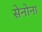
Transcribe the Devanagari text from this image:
सेनोना